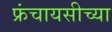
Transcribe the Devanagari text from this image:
फ्रंचायसीच्या